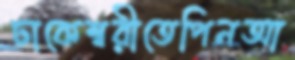
ঢাকেশ্বরীতেপিনআ